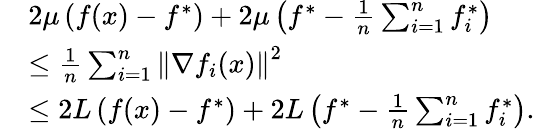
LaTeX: \begin{array}{rl}&{2\mu\left(f(x)-f^{*}\right)+2\mu\left(f^{*}-\frac{1}{n}\sum_{i=1}^{n}f_{i}^{*}\right)}\\ &{\leq\frac{1}{n}\sum_{i=1}^{n}\left\Vert\nabla f_{i}(x)\right\Vert^{2}}\\ &{\leq 2L\left(f(x)-f^{*}\right)+2L\left(f^{*}-\frac{1}{n}\sum_{i=1}^{n}f_{i}^{*}\right).}\end{array}